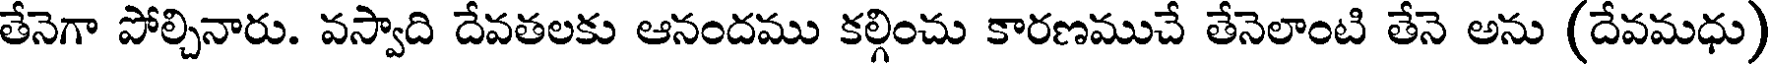
తేనెగా పోల్చినారు. వస్వాది దేవతలకు ఆనందము కల్గించు కారణముచే తేనెలాంటి తేనె అను (దేవమధు)